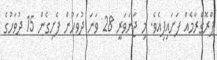
ޕްރޮގްރާމެއް ފަށައިފިއެވެ. މި ޖަނަވަރީ 28 ވަނަ ދުވަހުން ފެށިގެން 15 ދުވަހުގެ